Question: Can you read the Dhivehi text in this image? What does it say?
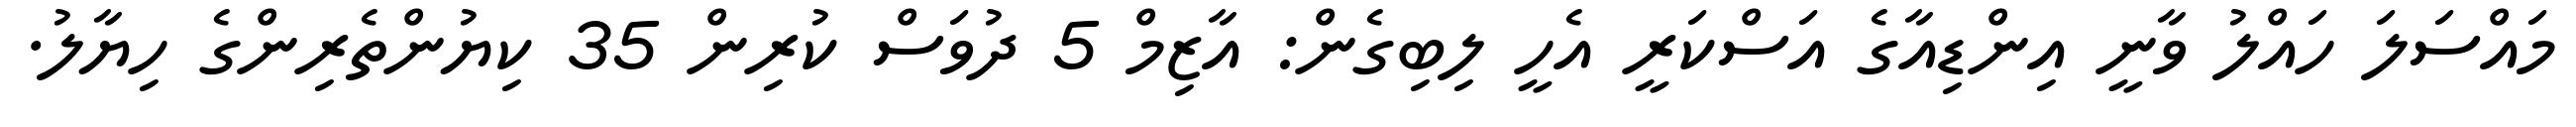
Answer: މައްސަލަ ހައްލު ވާނީ އިންޑިއާގެ އަސްކަރީ އެހީ ލިބިގެން: އާޒިމް 5 ދުވަސް ކުރިން 35 ކިޔުންތެރިންގެ ހިޔާލު.